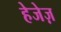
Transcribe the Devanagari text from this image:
हेजेज़